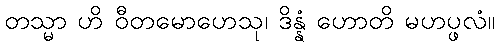
တသ္မာ ဟိ ဝီတမောဟေသု၊ ဒိန္နံ ဟောတိ မဟပ္ဖလံ။